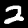
Label: 2